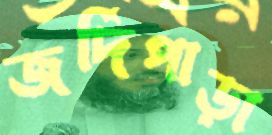
জর্দিপাড়া